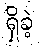
ရှိခဲ့